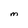
Character: M